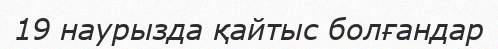
19 наурызда қайтыс болғандар